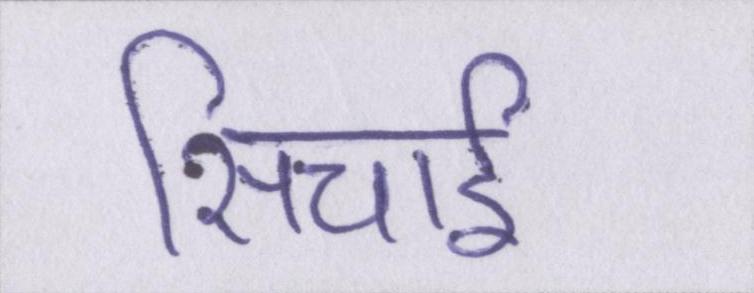
सिचाई